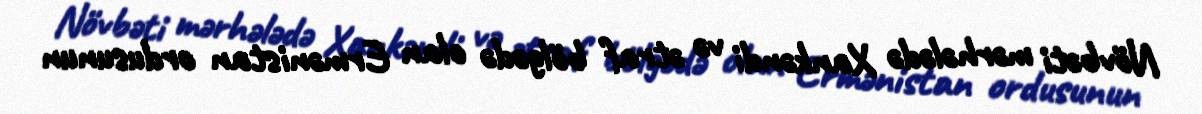
Növbəti mərhələdə Xankəndi və ətraf bölgədə olan Ermənistan ordusunun